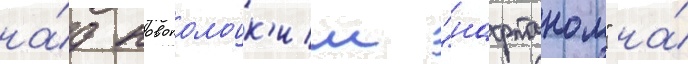
на́д новополоцк'им "нафтаном" на́